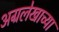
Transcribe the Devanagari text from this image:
अग्रलेखाच्या